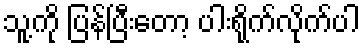
သူ့ကို ပြန်ပြီးတော့ ပါးရိုက်လိုက်ပါ